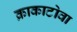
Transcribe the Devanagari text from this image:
क्राकाटोवा